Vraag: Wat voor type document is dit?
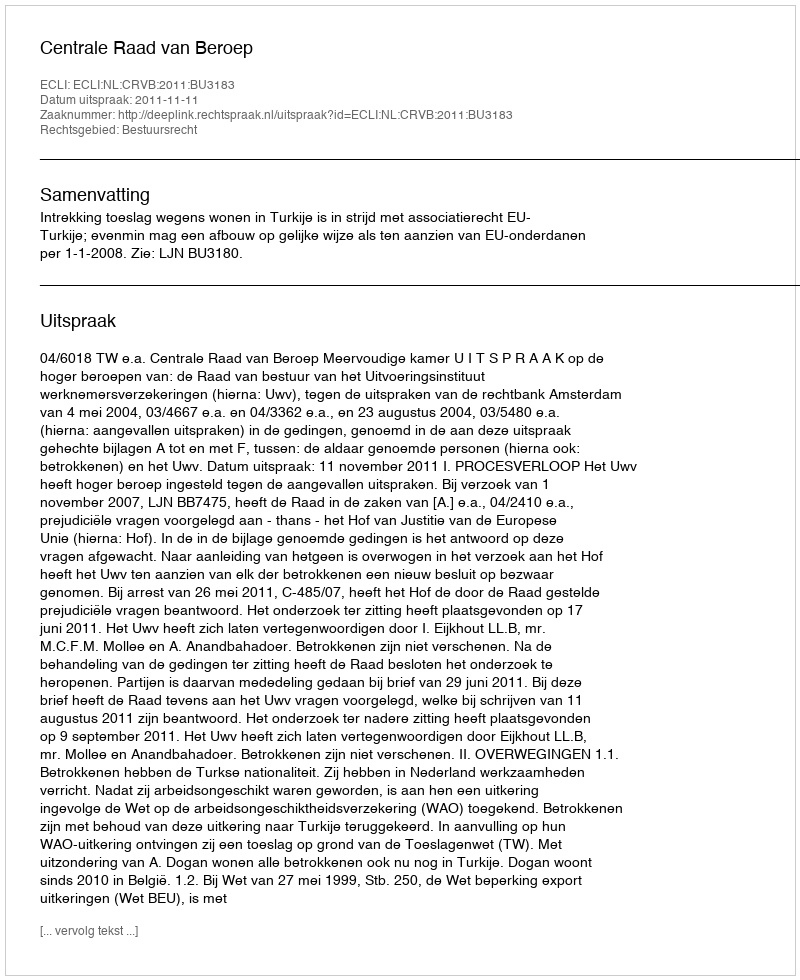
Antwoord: Uitspraak